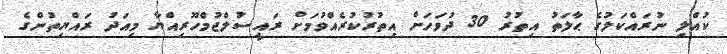
ކުއްލި ނުރައްކަލުގެ ޙާލަތު އިތުރު 30 ދުވަހަށް އިތުރުކުރެއްވުމަށް ރައީސުލްޖުމްހޫރިއްޔާ މިއަދު ރައްޔިތުންގެ